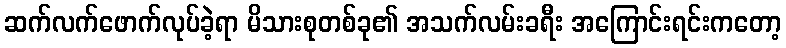
ဆက်လက်ဖောက်လုပ်ခဲ့ရာ မိသားစုတစ်ခု၏ အသက်လမ်းခရီး အကြောင်းရင်းကတော့